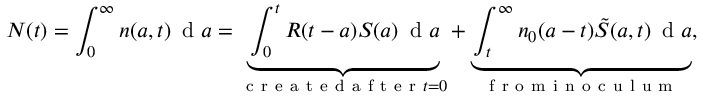
N ( t ) = \int _ { 0 } ^ { \infty } { n ( a , t ) \, \mathrm { ~ d ~ } a = \underbrace { \int _ { 0 } ^ { t } { R ( t - a ) S ( a ) \, \mathrm { ~ d ~ } a } } _ { \mathrm { ~ c ~ r ~ e ~ a ~ t ~ e ~ d ~ a ~ f ~ t ~ e ~ r ~ } t = 0 } + \underbrace { \int _ { t } ^ { \infty } { { { n } _ { 0 } } ( a - t ) \tilde { S } ( { a , t } ) \, \mathrm { ~ d ~ } a } } _ { \mathrm { ~ f ~ r ~ o ~ m ~ i ~ n ~ o ~ c ~ u ~ l ~ u ~ m ~ } } } ,